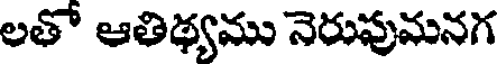
లతో ఆతిథ్యము నెరుపుమనగ